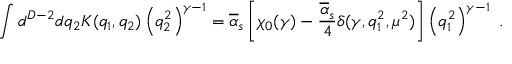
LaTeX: \int d ^ { D - 2 } d q _ { 2 } K ( q _ { 1 } , q _ { 2 } ) \left( q _ { 2 } ^ { 2 } \right) ^ { \gamma - 1 } = \overline { { { \alpha } } } _ { s } \left[ \chi _ { 0 } ( \gamma ) - \frac { \overline { { { \alpha } } } _ { s } } { 4 } \delta ( \gamma , q _ { 1 } ^ { 2 } , \mu ^ { 2 } ) \right] \left( q _ { 1 } ^ { 2 } \right) ^ { \gamma - 1 } ~ .